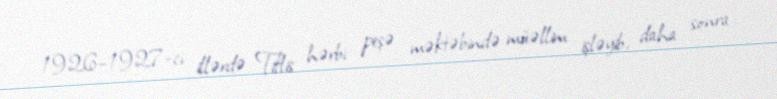
1926–1927-ci illərdə Tiflis hərbi peşə məktəbində müəllim işləyib, daha sonra